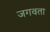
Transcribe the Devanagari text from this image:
जगवता